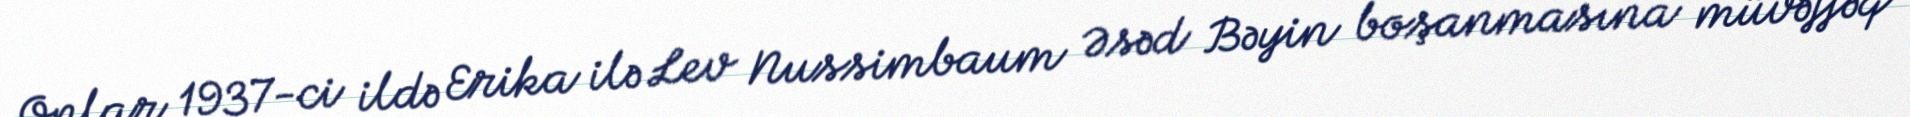
Onlar 1937-ci ildə Erika ilə Lev Nussimbaum Əsəd Bəyin boşanmasına müvəffəq